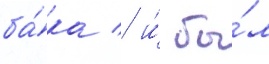
ба́ка / и́ бы́л